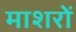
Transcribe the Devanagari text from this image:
माशरों